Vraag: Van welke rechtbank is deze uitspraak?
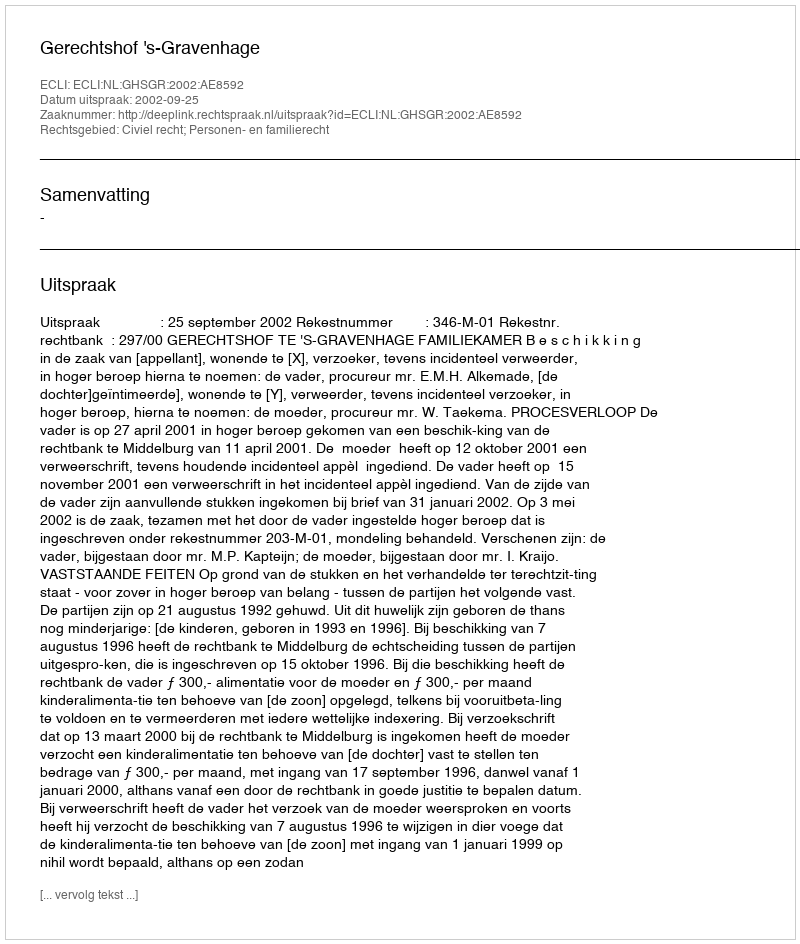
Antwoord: Gerechtshof 's-Gravenhage